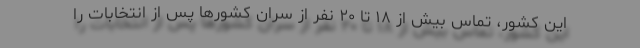
این کشور، تماس بیش از ۱۸ تا ۲۰ نفر از سران کشورها پس از انتخابات را